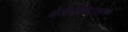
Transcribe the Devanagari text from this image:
बेनेडिकताइन